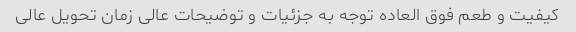
کیفیت و طعم فوق العاده توجه به جزئیات و توضیحات عالی زمان تحویل عالی